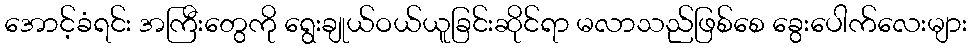
အောင့်ခံရင်း အကြီးတွေကို ရွေးချုယ်ဝယ်ယူခြင်းဆိုင်ရာ မလာသည်ဖြစ်စေ ခွေးပေါက်လေးများ